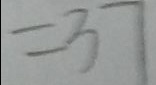
= 3 7